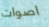
اصوات